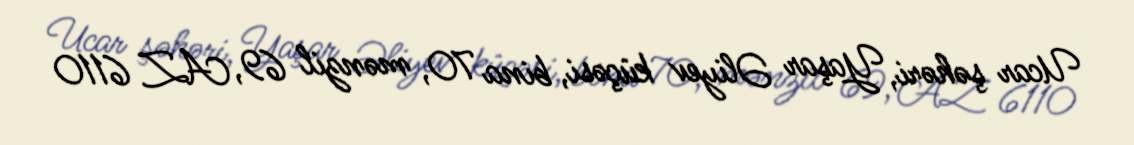
Ucar şəhəri, Yaşar Əliyev küçəsi, bina 70, mənzil 69, AZ 6110